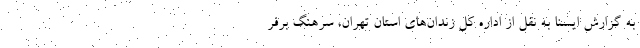
به گزارش ایسنا به نقل از اداره کل زندان‌های استان تهران، سرهنگ برفر